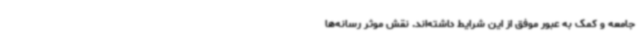
جامعه و کمک به عبور موفق از این شرایط داشته‌اند. نقش موثر رسانه‌ها